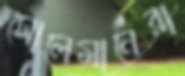
সোলেমানেরা